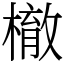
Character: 㯙